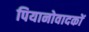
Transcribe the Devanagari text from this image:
पियानोवादकों